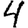
Digit: 4